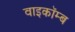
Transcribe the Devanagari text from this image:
वाइकॉम्ब